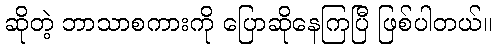
ဆိုတဲ့ ဘာသာစကားကို ပြောဆိုနေကြပြီ ဖြစ်ပါတယ်။